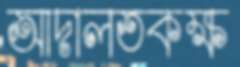
আদালতকক্ষ